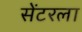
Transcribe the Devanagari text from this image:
सेंटरला